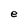
Character: e